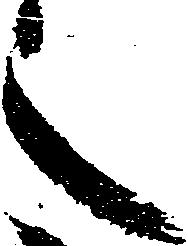
之